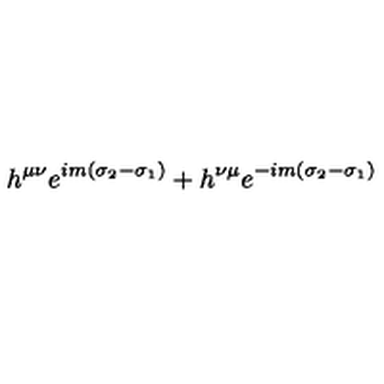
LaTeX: h ^ { \mu \nu } e ^ { i m ( \sigma _ { 2 } - \sigma _ { 1 } ) } + h ^ { \nu \mu } e ^ { - i m ( \sigma _ { 2 } - \sigma _ { 1 } ) }